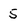
Character: 5